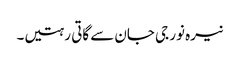
نیرہ نور جی جان سے گاتی رہتیں۔